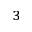
{ _ 3 }